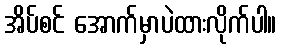
အိပ်စင် အောက်မှာပဲထားလိုက်ပါ။